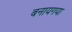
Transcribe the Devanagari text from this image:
बनायगया